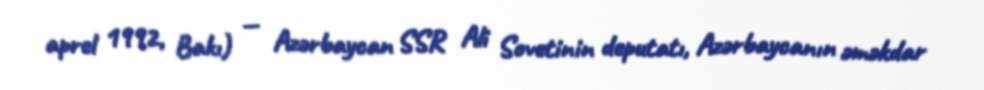
aprel 1992, Bakı) — Azərbaycan SSR Ali Sovetinin deputatı, Azərbaycanın əməkdar